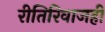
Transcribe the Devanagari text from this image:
रीतिरिवाजही